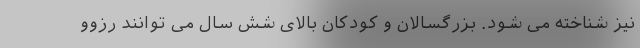
نیز شناخته می شود. بزرگسالان و کودکان بالای شش سال می توانند رزوو